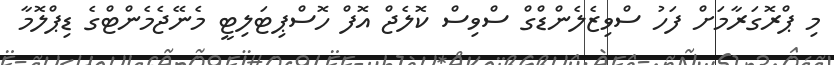
މި ޕްރޮގަރާމަށް ފަހު ސްވިޒެލެންޑްގް ސްވިސް ކޮލެޖް އޮފް ހޮސްޕިޓަލިޓީ މެނޭޖެމެންޓްގެ ޑިޕްލޮމާ